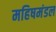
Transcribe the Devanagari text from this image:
महिषमंडल